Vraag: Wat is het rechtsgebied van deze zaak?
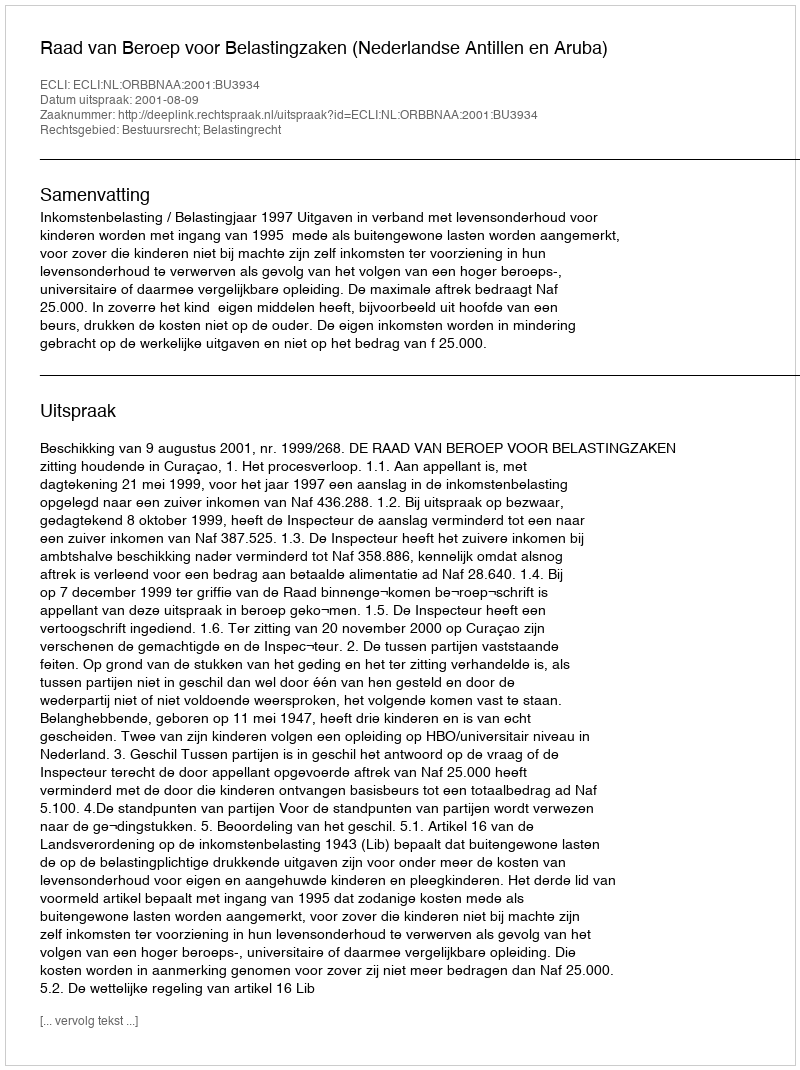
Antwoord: Bestuursrecht; Belastingrecht